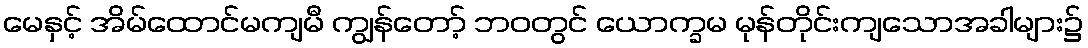
မေနှင့် အိမ်ထောင်မကျမီ ကျွန်တော့် ဘဝတွင် ယောက္ခမ မုန်တိုင်းကျသောအခါများ၌